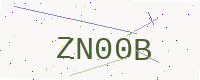
Text: ZN00B